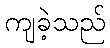
ကျခဲ့သည်